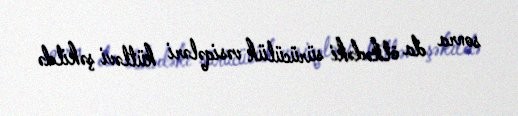
sonra da ölkədəki sürücülük vəsiqələri kütləvi şəkildə